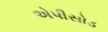
એપીસોડ